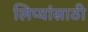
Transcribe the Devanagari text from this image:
लिप्यांसाठी